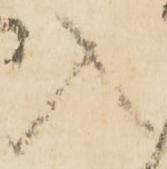
入